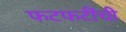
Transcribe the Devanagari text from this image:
फटफटींची